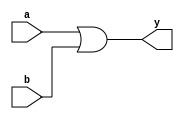
module jorgate(input a, input b, output y);
  assign y = a | b;
endmodule

module test_jorgate;
  reg a;
  reg b;
  wire y;
  
  jorgate jor(.a(a), .b(b), .y(y));

  initial begin
    $display("RESULT\ta\tb\ty");

    a = 0; b = 0; #100; 
    if ( y == 0 ) 
      $display("PASS\t%d\t%d\t%d", a, b, y);
    else
      $display("FAIL\t%d\t%d\t%d", a, b, y);

    a = 0; b = 1; #100; 
    if ( y == 1 ) 
      $display("PASS\t%d\t%d\t%d", a, b, y);
    else
      $display("FAIL\t%d\t%d\t%d", a, b, y);

    a = 1; b = 0; #100; 
    if ( y == 1 ) 
      $display("PASS\t%d\t%d\t%d", a, b, y);
    else
      $display("FAIL\t%d\t%d\t%d", a, b, y);

    a = 1; b = 1; #100; 
    if ( y == 1 ) 
      $display("PASS\t%d\t%d\t%d", a, b, y);
    else
      $display("FAIL\t%d\t%d\t%d", a, b, y);   
  end

  initial begin 
    $dumpfile("dump.vcd"); 
    $dumpvars(0, test_jorgate);
  end
endmodule